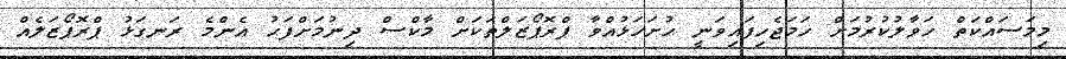
މިމަސައްކަތް ހަވާލުކުރުމަށް ހަމަޖެހިފައިވަނީ ހުށަހަޅުއްވާ ޕްރޮޕޯޒަލްތަކަށް މާކްސް ދިނުމަށްފަހު އެންމެ ރަނގަޅު ޕްރޮޕޯޒަލެއް